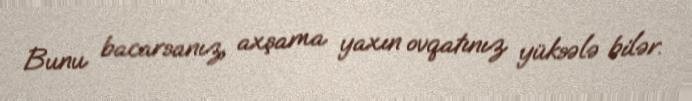
Bunu bacarsanız, axşama yaxın ovqatınız yüksələ bilər.